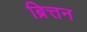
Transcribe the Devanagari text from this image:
ब्रित्तन